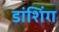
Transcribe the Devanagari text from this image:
डांशिंग